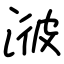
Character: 𣷭